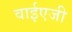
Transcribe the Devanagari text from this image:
वाईएजी